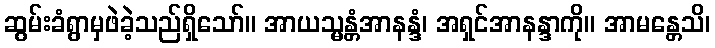
ဆွမ်းခံရွာမှဖဲခဲ့သည်ရှိသော်။ အာယသ္မန္တံအာနန္ဒံ၊ အရှင်အာနန္ဒာကို။ အာမန္တေသိ၊